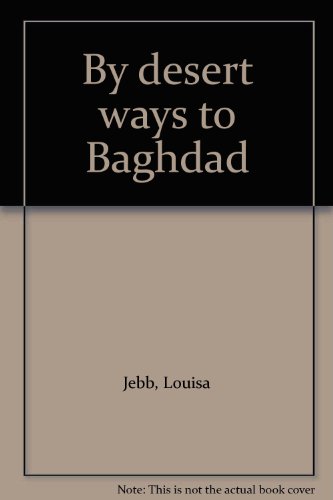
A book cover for By desert ways to Baghdad; Louisa Jebb; Travel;